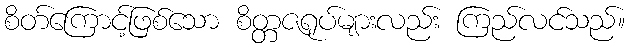
စိတ်ကြောင့်ဖြစ်သော စိတ္တဇရုပ်များလည်း ကြည်လင်သည်။